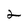
Character: 2